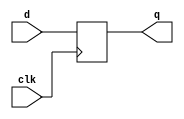
module df(d,clk,q);
    input d,clk;
    output q;
    reg q=0;
    always @ (negedge clk)
    begin
    q<=d;
end
endmodule 

module siso(d, clk, q);
    input d,clk;
    output q;
    wire q1,q2,q3;
    df a(d, clk, q1);
    df b(q1, clk, q2);
    df c(q2, clk, q3);
    df d1(q3, clk, q);
endmodule

module sipo(d, clk, q);
    input d,clk;
    output [3:0]q;
    
    df aa(d, clk, q[3]);
    df bb(q[3], clk, q[2]);
    df cc(q[2], clk, q[1]);
    df dd(q[1], clk, q[0]);
endmodule